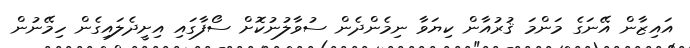
އައިޒާން އޭނަގެ މަންމަ ޤުރުއާން ކިޔަވާ ނިމެންދެން ސުވާލުނުކޮށް ސޯފާގައި އިށީދެލައިގެން ހިމޭނުން